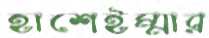
হাশেইম্মার